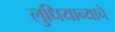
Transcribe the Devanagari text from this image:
लुधियान्याचे